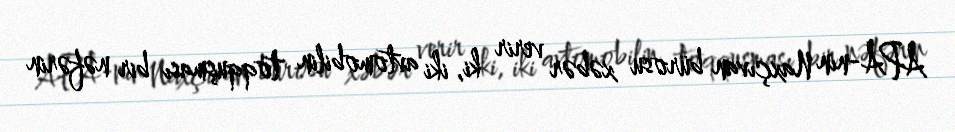
APA-nın Naxçıvan bürosu xəbər verir ki, iki avtomobilin toqquşması bir nəfərin